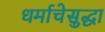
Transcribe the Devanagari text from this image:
धर्माचेसुद्धा